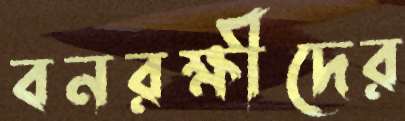
বনরক্ষীদের